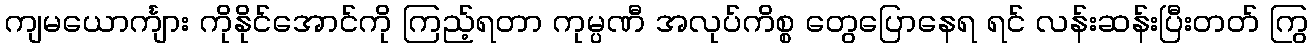
ကျမယောင်္ကျား ကိုနိုင်အောင်ကို ကြည့်ရတာ ကုမ္ပဏီ အလုပ်ကိစ္စ တွေပြောနေရ ရင် လန်းဆန်းပြီးတတ် ကြွ